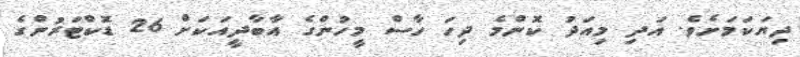
ދިޔަކަމަށެވެ. އަދި މިއަދު ކޮންމެ ދިހަ ހާސް މީހުންގެ އާބާދީއަކަށް 26 ޑޮކްޓަރުންގެ